Lunatic asylums Punjab 1895-1910 - 1895-1910
Year: 1895
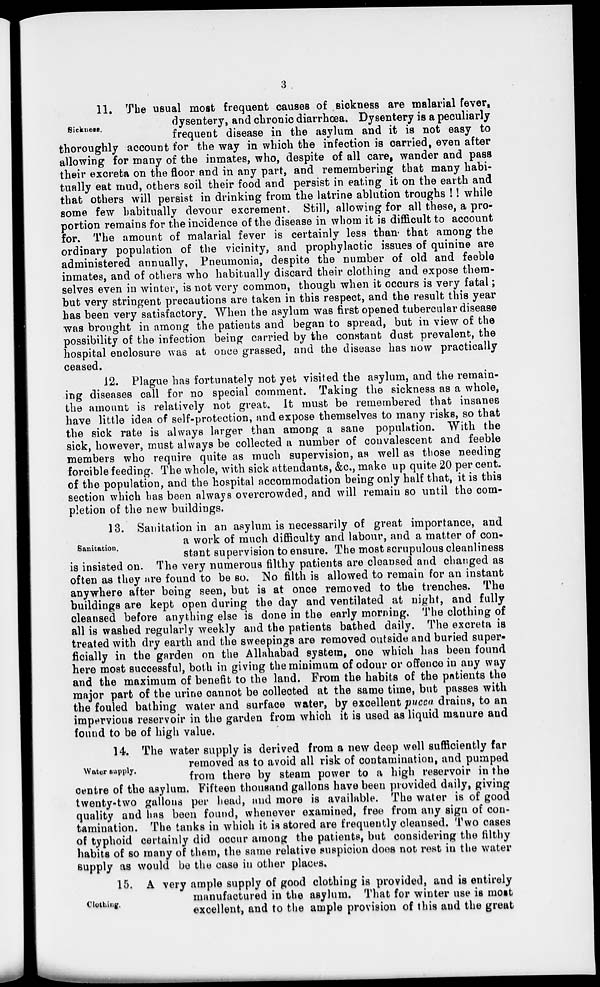
3
Sickness.
11. The usual most frequent causes of sickness are malarial fever,
dysentery, and chronic diarrhœa. Dysentery is a peculiarly
frequent disease in the asylum and it is not easy to
thoroughly account for the way in which the infection is carried, even after
allowing for many of the inmates, who, despite of all care, wander and pass
their excreta on the floor and in any part, and remembering that many habi-
tually eat mud, others soil their food and persist in eating it on the earth and
that others will persist in drinking from the latrine ablution troughs !! while
some few habitually devour excrement. Still, allowing for all these, a pro-
portion remains for the incidence of the disease in whom it is difficult to account
for. The amount of malarial fever is certainly less than that among the
ordinary population of the vicinity, and prophylactic issues of quinine are
administered annually. Pneumonia, despite the number of old and feeble
inmates, and of others who habitually discard their clothing and expose them-
selves even in winter, is not very common, though when it occurs is very fatal;
but very stringent precautions are taken in this respect, and the result this year
has been very satisfactory. When the asylum was first opened tubercular disease
was brought in among the patients and began to spread, but in view of the
possibility of the infection being carried by the constant dust prevalent, the
hospital enclosure was at once grassed, and the disease has now practically
ceased.
12. Plague has fortunately not yet visited the asylum, and the remain-
ing diseases call for no special comment. Taking the sickness as a whole,
the amount is relatively not great. It must be remembered that insanes
have little idea of self-protection, and expose themselves to many risks, so that
the sick rate is always larger than among a sane population. With the
sick, however, must always be collected a number of convalescent and feeble
members who require quite as much supervision, as well as those needing
forcible feeding. The whole, with sick attendants, &c., make up quite 20 per cent.
of the population, and the hospital accommodation being only half that, it is this
section which has been always overcrowded, and will remain so until the com-
pletion of the new buildings.
Sanitation.
13. Sanitation in an asylum is necessarily of great importance, and
a work of much difficulty and labour, and a matter of con-
stant supervision to ensure. The most scrupulous cleanliness
is insisted on. The very numerous filthy patients are cleansed and changed as
often as they are found to be so. No filth is allowed to remain for an instant
anywhere after being seen, but is at once removed to the trenches. The
buildings are kept open during the day and ventilated at night, and fully
cleansed before anything else is done in the early morning. The clothing of
all is washed regularly weekly and the patients bathed daily. The excreta is
treated with dry earth and the sweepings are removed outside and buried super-
ficially in the garden on the Allahabad system, one which has been found
here most successful, both in giving the minimum of odour or offence in any way
and the maximum of benefit to the land. From the habits of the patients the
major part of the urine cannot be collected at the same time, but passes with
the fouled bathing water and surface water, by excellent pucca drains, to an
impervious reservoir in the garden from which it is used as liquid manure and
found to be of high value.
Water supply.
14. The water supply is derived from a new deep well sufficiently far
removed as to avoid all risk of contamination, and pumped
from there by steam power to a high reservoir in the
centre of the asylum. Fifteen thousand gallons have been provided daily, giving
twenty-two gallons per head, and more is available. The water is of good
quality and has been found, whenever examined, free from any sign of con-
tamination. The tanks in which it is stored are frequently cleansed. Two cases
of typhoid certainly did occur among the patients, but considering the filthy
habits of so many of them, the same relative suspicion does not rest in the water
supply as would be the case in other places.
Clothing.
15. A very ample supply of good clothing is provided, and is entirely
manufactured in the asylum. That for winter use is most
excellent, and to the ample provision of this and the great